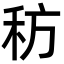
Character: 䄱